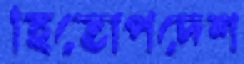
হিতোপদেশ